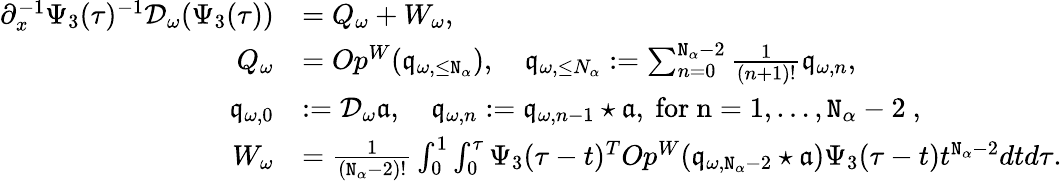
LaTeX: \begin{array}{rl}{\partial_{x}^{-1}\Psi_{3}(\tau)^{-1}\mathcal{D}_{\omega}(\Psi_{3}(\tau))}&{=Q_{\omega}+W_{\omega},}\\ {Q_{\omega}}&{=Op^{W}(\mathfrak{q}_{\omega,\le\mathtt{N}_{\alpha}}),\quad\mathfrak{q}_{\omega,\le N_{\alpha}}:=\sum_{n=0}^{\mathtt{N}_{\alpha}-2}\frac{1}{(n+1)!}\mathfrak{q}_{\omega,n},}\\ {\mathfrak{q}_{\omega,0}}&{:=\mathcal{D}_{\omega}\mathfrak{a},\quad\mathfrak{q}_{\omega,n}:=\mathfrak{q}_{\omega,n-1}\star\mathfrak{a},\mathrm{~for~n=1,\ldots,\mathtt{N}_\alpha-2~},}\\ {W_{\omega}}&{=\frac{1}{(\mathtt{N}_{\alpha}-2)!}\int_{0}^{1}\int_{0}^{\tau}\Psi_{3}(\tau-t)^{T}Op^{W}(\mathfrak{q}_{\omega,\mathtt{N}_{\alpha}-2}\star\mathfrak{a})\Psi_{3}(\tau-t)t^{\mathtt{N}_{\alpha}-2}dtd\tau.}\end{array}